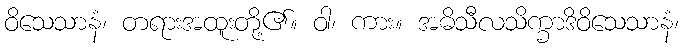
ဝိသေသာနံ၊ တရားအထူးတို့၏။ ဝါ၊ ကား။ အဓိသီလသိက္ခာဒိဝိသေသာနံ၊